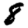
Digit: 8